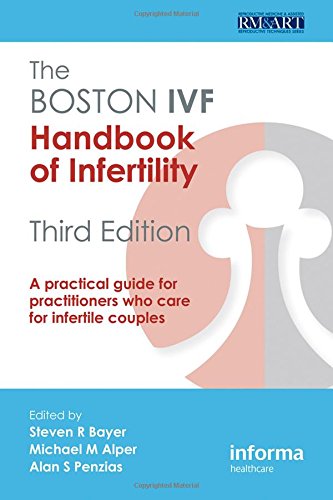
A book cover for The Boston IVF Handbook of Infertility: A Practical Guide for Practitioners Who Care for Infertile Couples (Reproductive Medicine and Assisted Reproductive Techniques); Parenting & Relationships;